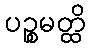
ပဉ္စမတ္ထိ